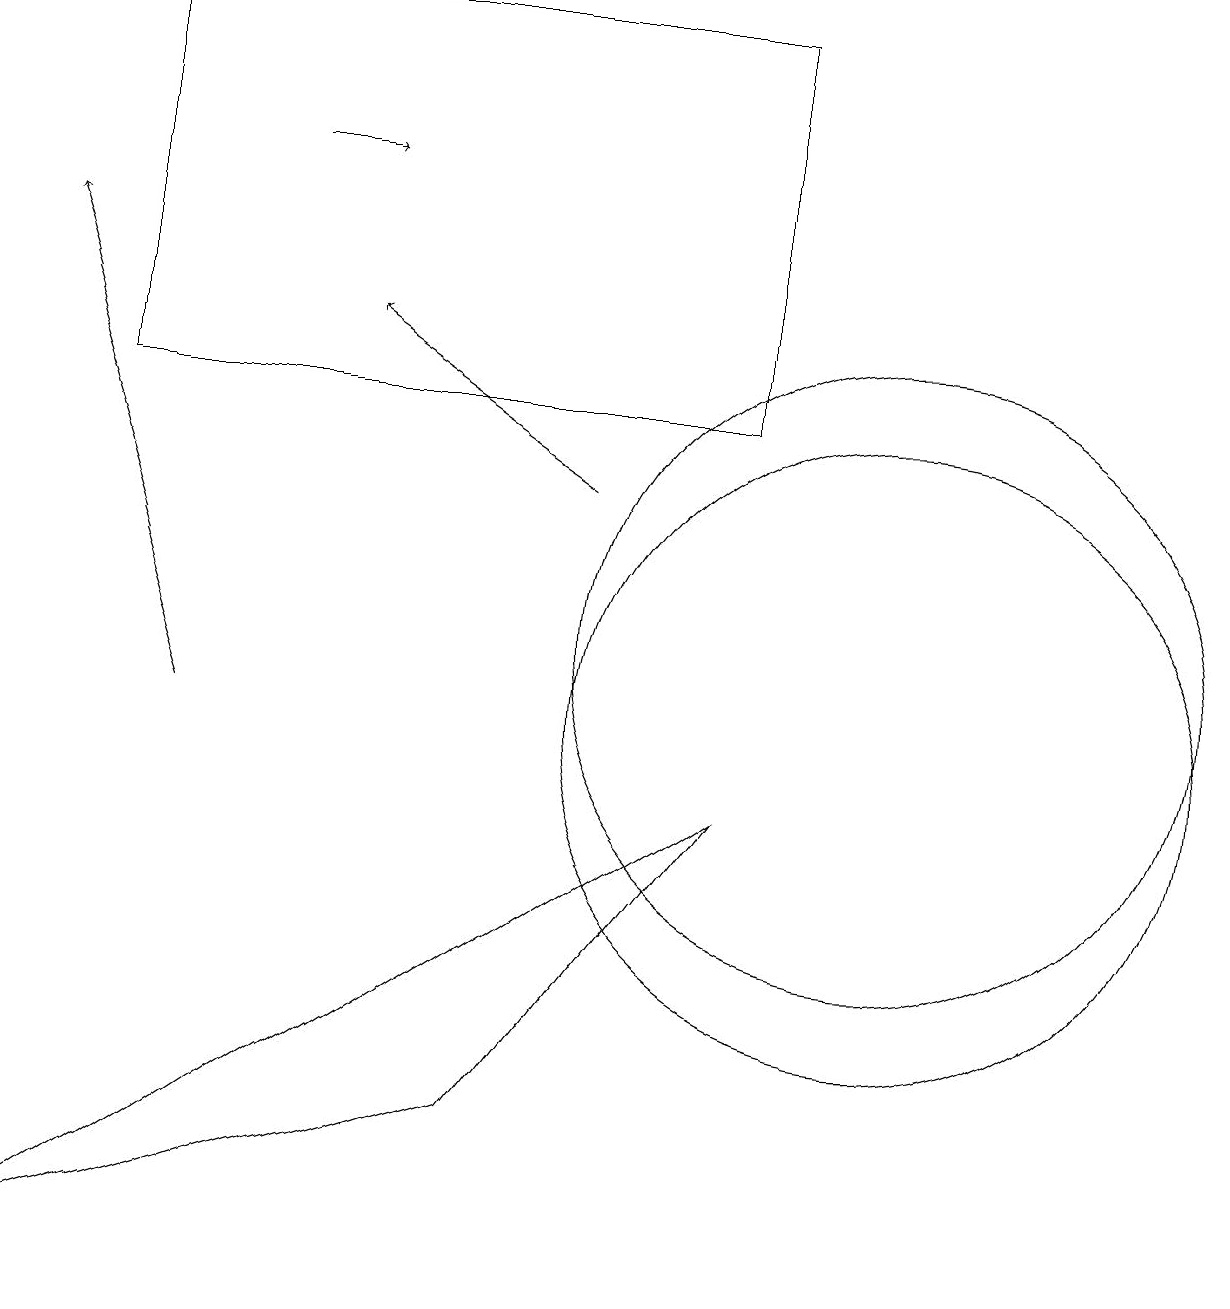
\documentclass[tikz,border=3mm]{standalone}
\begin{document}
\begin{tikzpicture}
\draw (11,10) circle (4);
\draw[->] (7,13) -- (4,15);
\draw[->] (2,10) -- (0,16);
\draw (1,19) rectangle (9,14);
\draw (9,9) -- (6,5) -- (0,3) -- cycle;
\draw (11,11) circle (4);
\draw[->] (3,17) -- (4,17);
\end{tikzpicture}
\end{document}